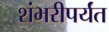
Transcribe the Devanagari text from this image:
शंभरीपर्यंत